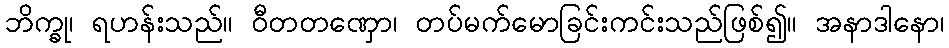
ဘိက္ခု၊ ရဟန်းသည်။ ဝီတတဏှော၊ တပ်မက်မောခြင်းကင်းသည်ဖြစ်၍။ အနာဒါနော၊